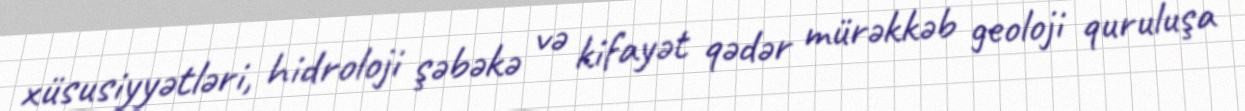
xüsusiyyətləri, hidroloji şəbəkə və kifayət qədər mürəkkəb geoloji quruluşa